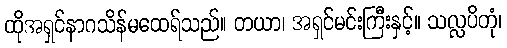
ထိုအရှင်နာဂသိန်မထေရ်သည်။ တယာ၊ အရှင်မင်းကြီးနှင့်။ သလ္လပိတုံ၊